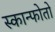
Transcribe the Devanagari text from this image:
स्कान्फोतो